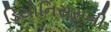
ડિયોનિસસની